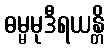
ဓမ္မမုဒီရယန္တိ